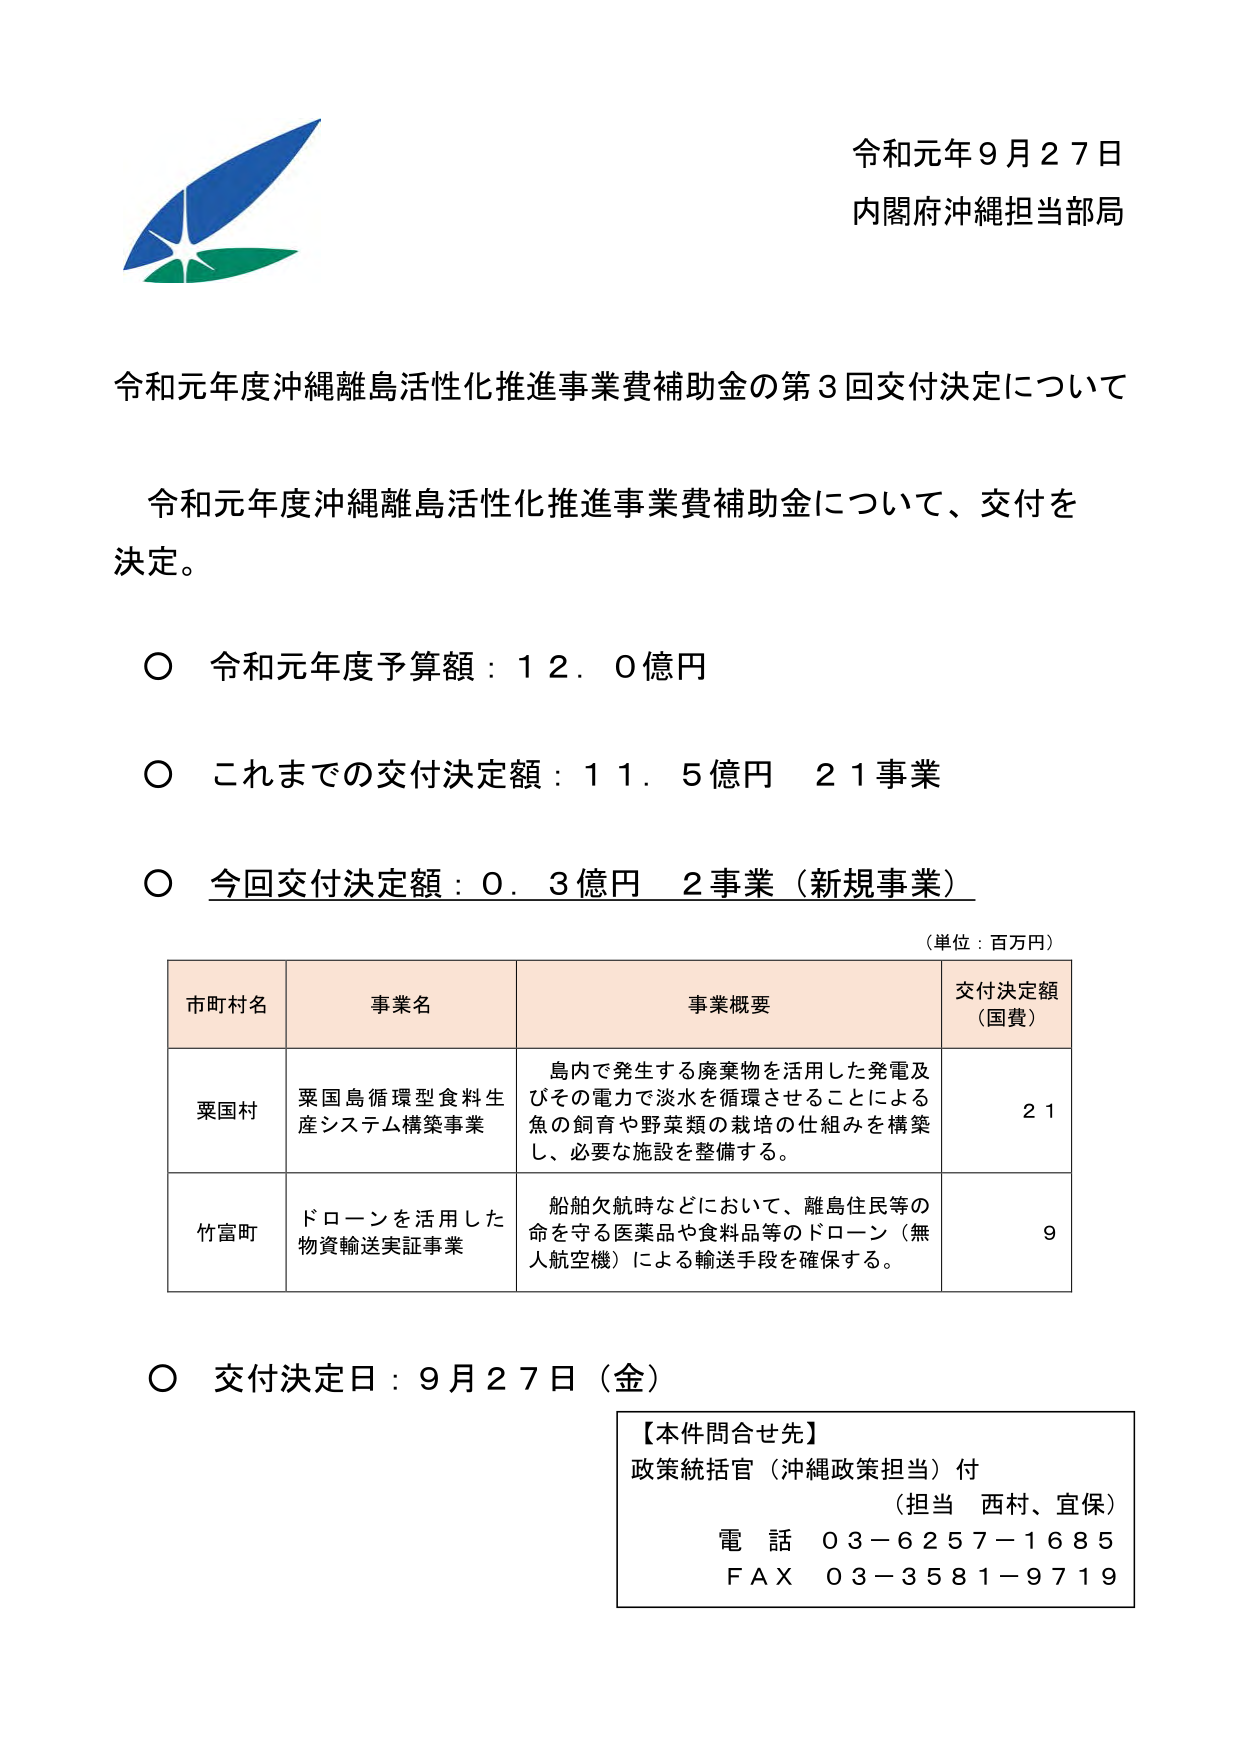
令和元年９月２７日
内閣府沖縄担当部局

令和元年度沖縄離島活性化推進事業費補助金の第３回交付決定について

令和元年度沖縄離島活性化推進事業費補助金について、交付を決定。

○ 令和元年度予算額：１２．０億円
○ これまでの交付決定額：１１．５億円 ２１事業
○ 今回交付決定額：０．３億円 ２事業（新規事業）

（単位：百万円）

| 市町村名 | 事業名 | 事業概要 | 交付決定額（国費） |
|----------|--------|----------|------------------|
| 粟国村 | 粟国島循環型食料生産システム構築事業 | 島内で発生する廃棄物を活用した発電及びその電力で淡水を循環させることによる魚の飼育や野菜類の栽培の仕組みを構築し、必要な施設を整備する。 | ２１ |
| 竹富町 | ドローンを活用した物資輸送実証事業 | 船舶欠航時などにおいて、離島住民等の命を守る医薬品や食料品等のドローン（無人航空機）による輸送手段を確保する。 | ９ |

○ 交付決定日：９月２７日（金）

【本件問合せ先】
政策統括官（沖縄政策担当）付
（担当 西村、宜保）
電話 ０３－６２５７－１６８５
ＦＡＸ ０３－３５８１－９７１９